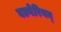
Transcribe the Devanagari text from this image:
बल्गेरियन्